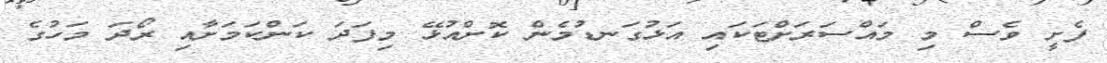
ފެށީ ވެސް މި މައްސަރަށްޓަކައި އަޅުގަނޑުމެން ކޮށްއުޅޭ މިފަދަ ކަންކަމަށާއި ރޯދަ މަހުގެ